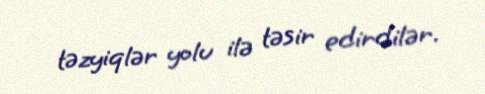
təzyiqlər yolu ilə təsir edirdilər.